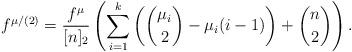
LaTeX: \begin{align*}f^{\mu/(2)}=\frac{f^{\mu}}{[n]_2}\left(\sum_{i=1}^k\left(\binom{\mu_i}{2}-\mu_i(i-1)\right)+\binom{n}{2}\right).\end{align*}